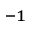
^ { - 1 }